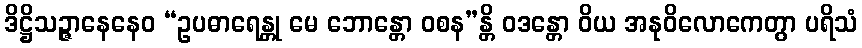
ဒိဋ္ဌိသဉ္ဇာနေနေဝ “ဥပဓာရေန္တု မေ ဘောန္တော ဝစန”န္တိ ဝဒန္တော ဝိယ အနုဝိလောကေတွာ ပရိသံ